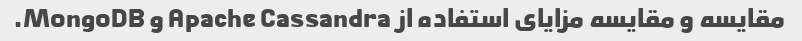
مقایسه و مقایسه مزایای استفاده از Apache Cassandra و MongoDB.